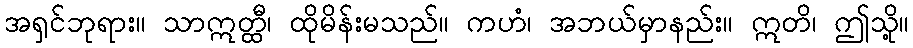
အရှင်ဘုရား။ သာဣတ္ထီ၊ ထိုမိန်းမသည်။ ကဟံ၊ အဘယ်မှာနည်း။ ဣတိ၊ ဤသို့။